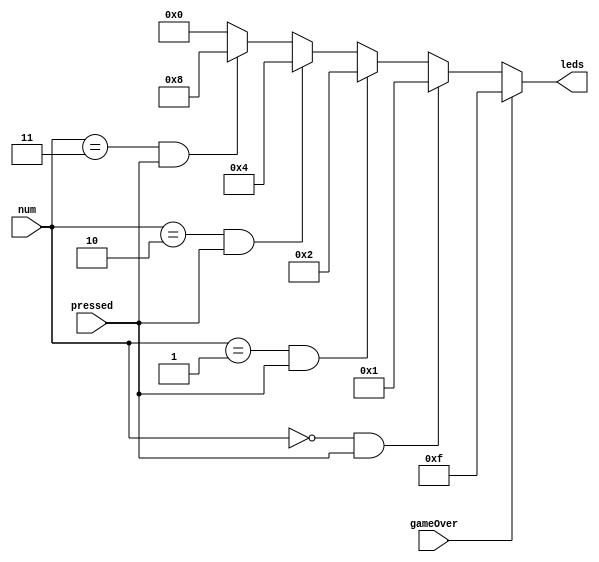
`timescale 1ns / 1ps
//////////////////////////////////////////////////////////////////////////////////
// Company: ITESO 
//////////////////////////////////////////////////////////////////////////////////
module numToLed(
    input [1:0] num,
    input pressed,
    input gameOver,
    output [3:0] leds
    );

    assign leds =   (gameOver)           ? 15:
                    (num == 0 & pressed) ?  1:
                    (num == 1 & pressed) ?  2:
                    (num == 2 & pressed) ?  4:
                    (num == 3 & pressed) ?  8:
                                            0;

endmodule